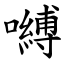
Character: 嚩